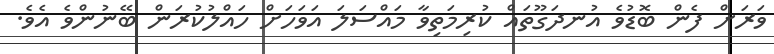
ވަރަށް ފެން ބޮޑުވެ އުނދަގޫތައް ކުރިމަތިވާ މައްސަލަ އަވަހަށް ހައްލުކުރަން ބޭނުންވެ އެވެ.